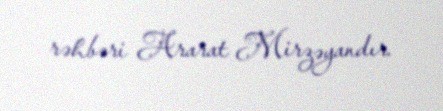
rəhbəri Ararat Mirzəyandır.